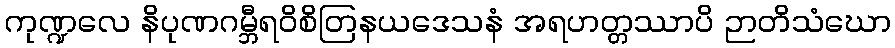
ကုဏ္ဍလေ နိပုဏဂမ္ဘီရဝိစိတြနယဒေသနံ အရဟတ္တဿာပိ ဉာတိသံဃော